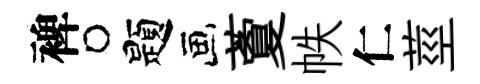
裨题藑帙仁莖